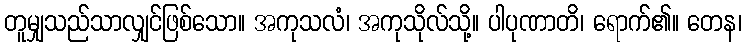
တူမျှသည်သာလျှင်ဖြစ်သော။ အကုသလံ၊ အကုသိုလ်သို့။ ပါပုဏာတိ၊ ရောက်၏။ တေန၊